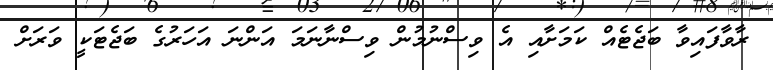
ރާވާފައިވާ ބަޖެޓެއް ކަމަށާއި އެ ވިސްނުމުން ވިސްނާނަމަ އަންނަ އަހަރުގެ ބަޖެޓަކީ ވަރަށް